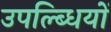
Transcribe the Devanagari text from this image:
उपल्ब्धियों